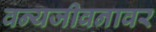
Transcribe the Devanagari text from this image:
वन्यजीवनावर